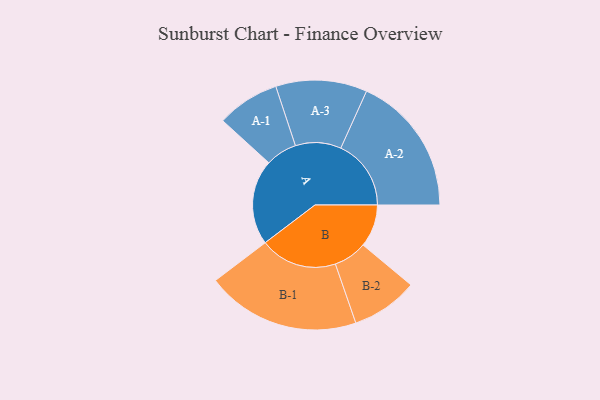
{"axis": {"x": "Segment", "y": "Value"}, "legend": ["", "A", "B"], "data": [{"x": "A", "y": 304, "type": ""}, {"x": "B", "y": 152, "type": ""}, {"x": "A-1", "y": 112, "type": "A"}, {"x": "A-2", "y": 251, "type": "A"}, {"x": "A-3", "y": 163, "type": "A"}, {"x": "B-1", "y": 275, "type": "B"}, {"x": "B-2", "y": 119, "type": "B"}]}